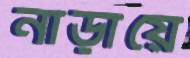
নাড়ায়ে